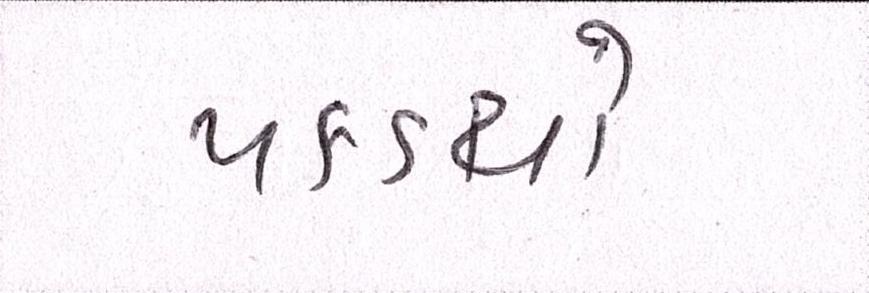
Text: પકડયો